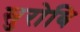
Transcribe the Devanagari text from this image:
सुरोबि